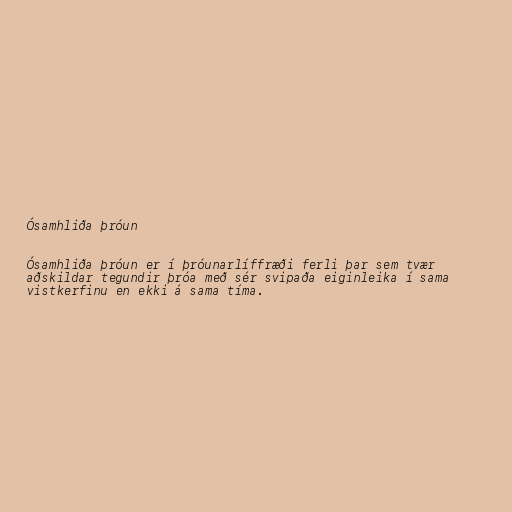
Ósamhliða þróun

Ósamhliða þróun er í þróunarlíffræði ferli þar sem tvær
aðskildar tegundir þróa með sér svipaða eiginleika í sama
vistkerfinu en ekki á sama tíma.